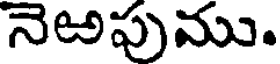
నెఱపుము.